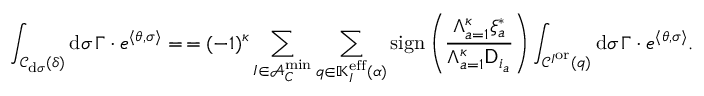
\int _ { \mathcal { C } _ { \mathrm { d } \sigma } ( \delta ) } \mathrm { d } \sigma \, \Gamma \cdot e ^ { \langle \theta , \sigma \rangle } = \, = ( - 1 ) ^ { { \boldsymbol { \kappa } } } \sum _ { I \in \mathcal { A } _ { C } ^ { \operatorname* { m i n } } } \sum _ { q \in \mathbb { K } _ { I } ^ { { \mathrm { e f f } } } ( \alpha ) } \mathrm { s i g n } \left( \frac { \Lambda _ { a = 1 } ^ { { \boldsymbol { \kappa } } } \xi _ { a } ^ { * } } { \Lambda _ { a = 1 } ^ { { \boldsymbol { \kappa } } } \mathsf { D } _ { i _ { a } } } \right) \int _ { \mathcal { C } ^ { I ^ { \mathrm { o r } } } ( q ) } \mathrm { d } \sigma \, \Gamma \cdot e ^ { \langle \theta , \sigma \rangle } .